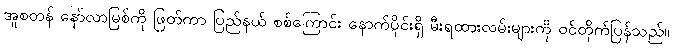
အူစတန် နော်လာမြစ်ကို ဖြတ်ကာ ပြည်နယ် စစ်ကြောင်း နောက်ပိုင်းရှိ မီးရထားလမ်းများကို ဝင်တိုက်ပြန်သည်။